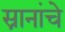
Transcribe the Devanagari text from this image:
स्नानांचे